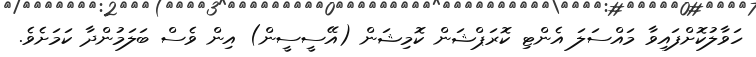
ހަވާލުކޮށްފައިވާ މައްސަލަ އެންޓި ކޮރަޕްޝަން ކޮމިޝަން (އޭސީސީން) އިން ވެސް ބަލަމުންދާ ކަމަށެވެ.